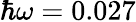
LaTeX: {\hbar}\omega=0.027